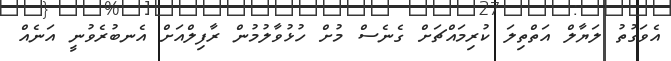
އެވަގުތު ލަޔާލް އަތްތިލަ ކުރިމައްޗަށް ގެނެސް މުށް ހުޅުވާލުމުން ރާފިލްއަށް އެނބުރެވުނީ އަނެއް